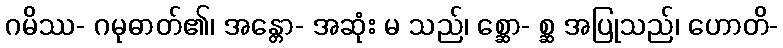
ဂမိဿ- ဂမုဓာတ်၏၊ အန္တော- အဆုံး မ သည်၊ စ္ဆော- စ္ဆ အပြုသည်၊ ဟောတိ-